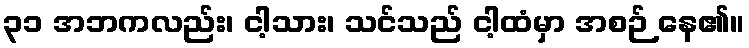
၃၁ အဘကလည်း၊ ငါ့သား၊ သင်သည် ငါ့ထံမှာ အစဉ် နေ၏။